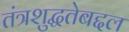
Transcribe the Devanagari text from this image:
तंत्रशुद्धतेबद्दल